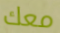
معك